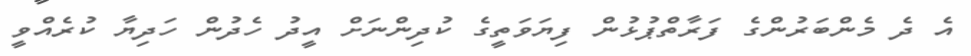
އެ ދެ މެންބަރުންގެ ފަރާތްޕުޅުން ފިޔަވަތީގެ ކުދިންނަށް އީދު ހެދުން ހަދިޔާ ކުރެއްވީ